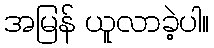
အမြန် ယူလာခဲ့ပါ။